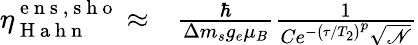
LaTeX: \begin{array}{rl}{\eta_{\mathrm{~H~a~h~n~}}^{\mathrm{~e~n~s~,~s~h~o~}}\approx}&{{}\frac{\hbar}{\Delta m_{s}g_{e}\mu_{B}}\frac{1}{Ce^{-\left(\tau/T_{2}\right)^{p}}\sqrt{\mathscr{N}}}}\end{array}